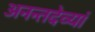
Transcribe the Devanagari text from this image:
अनन्तदेव्यां